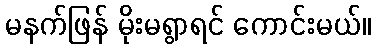
မနက်ဖြန် မိုးမရွာရင် ကောင်းမယ်။